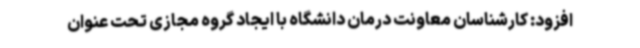
افزود: کارشناسان معاونت درمان دانشگاه با ایجاد گروه مجازی تحت عنوان